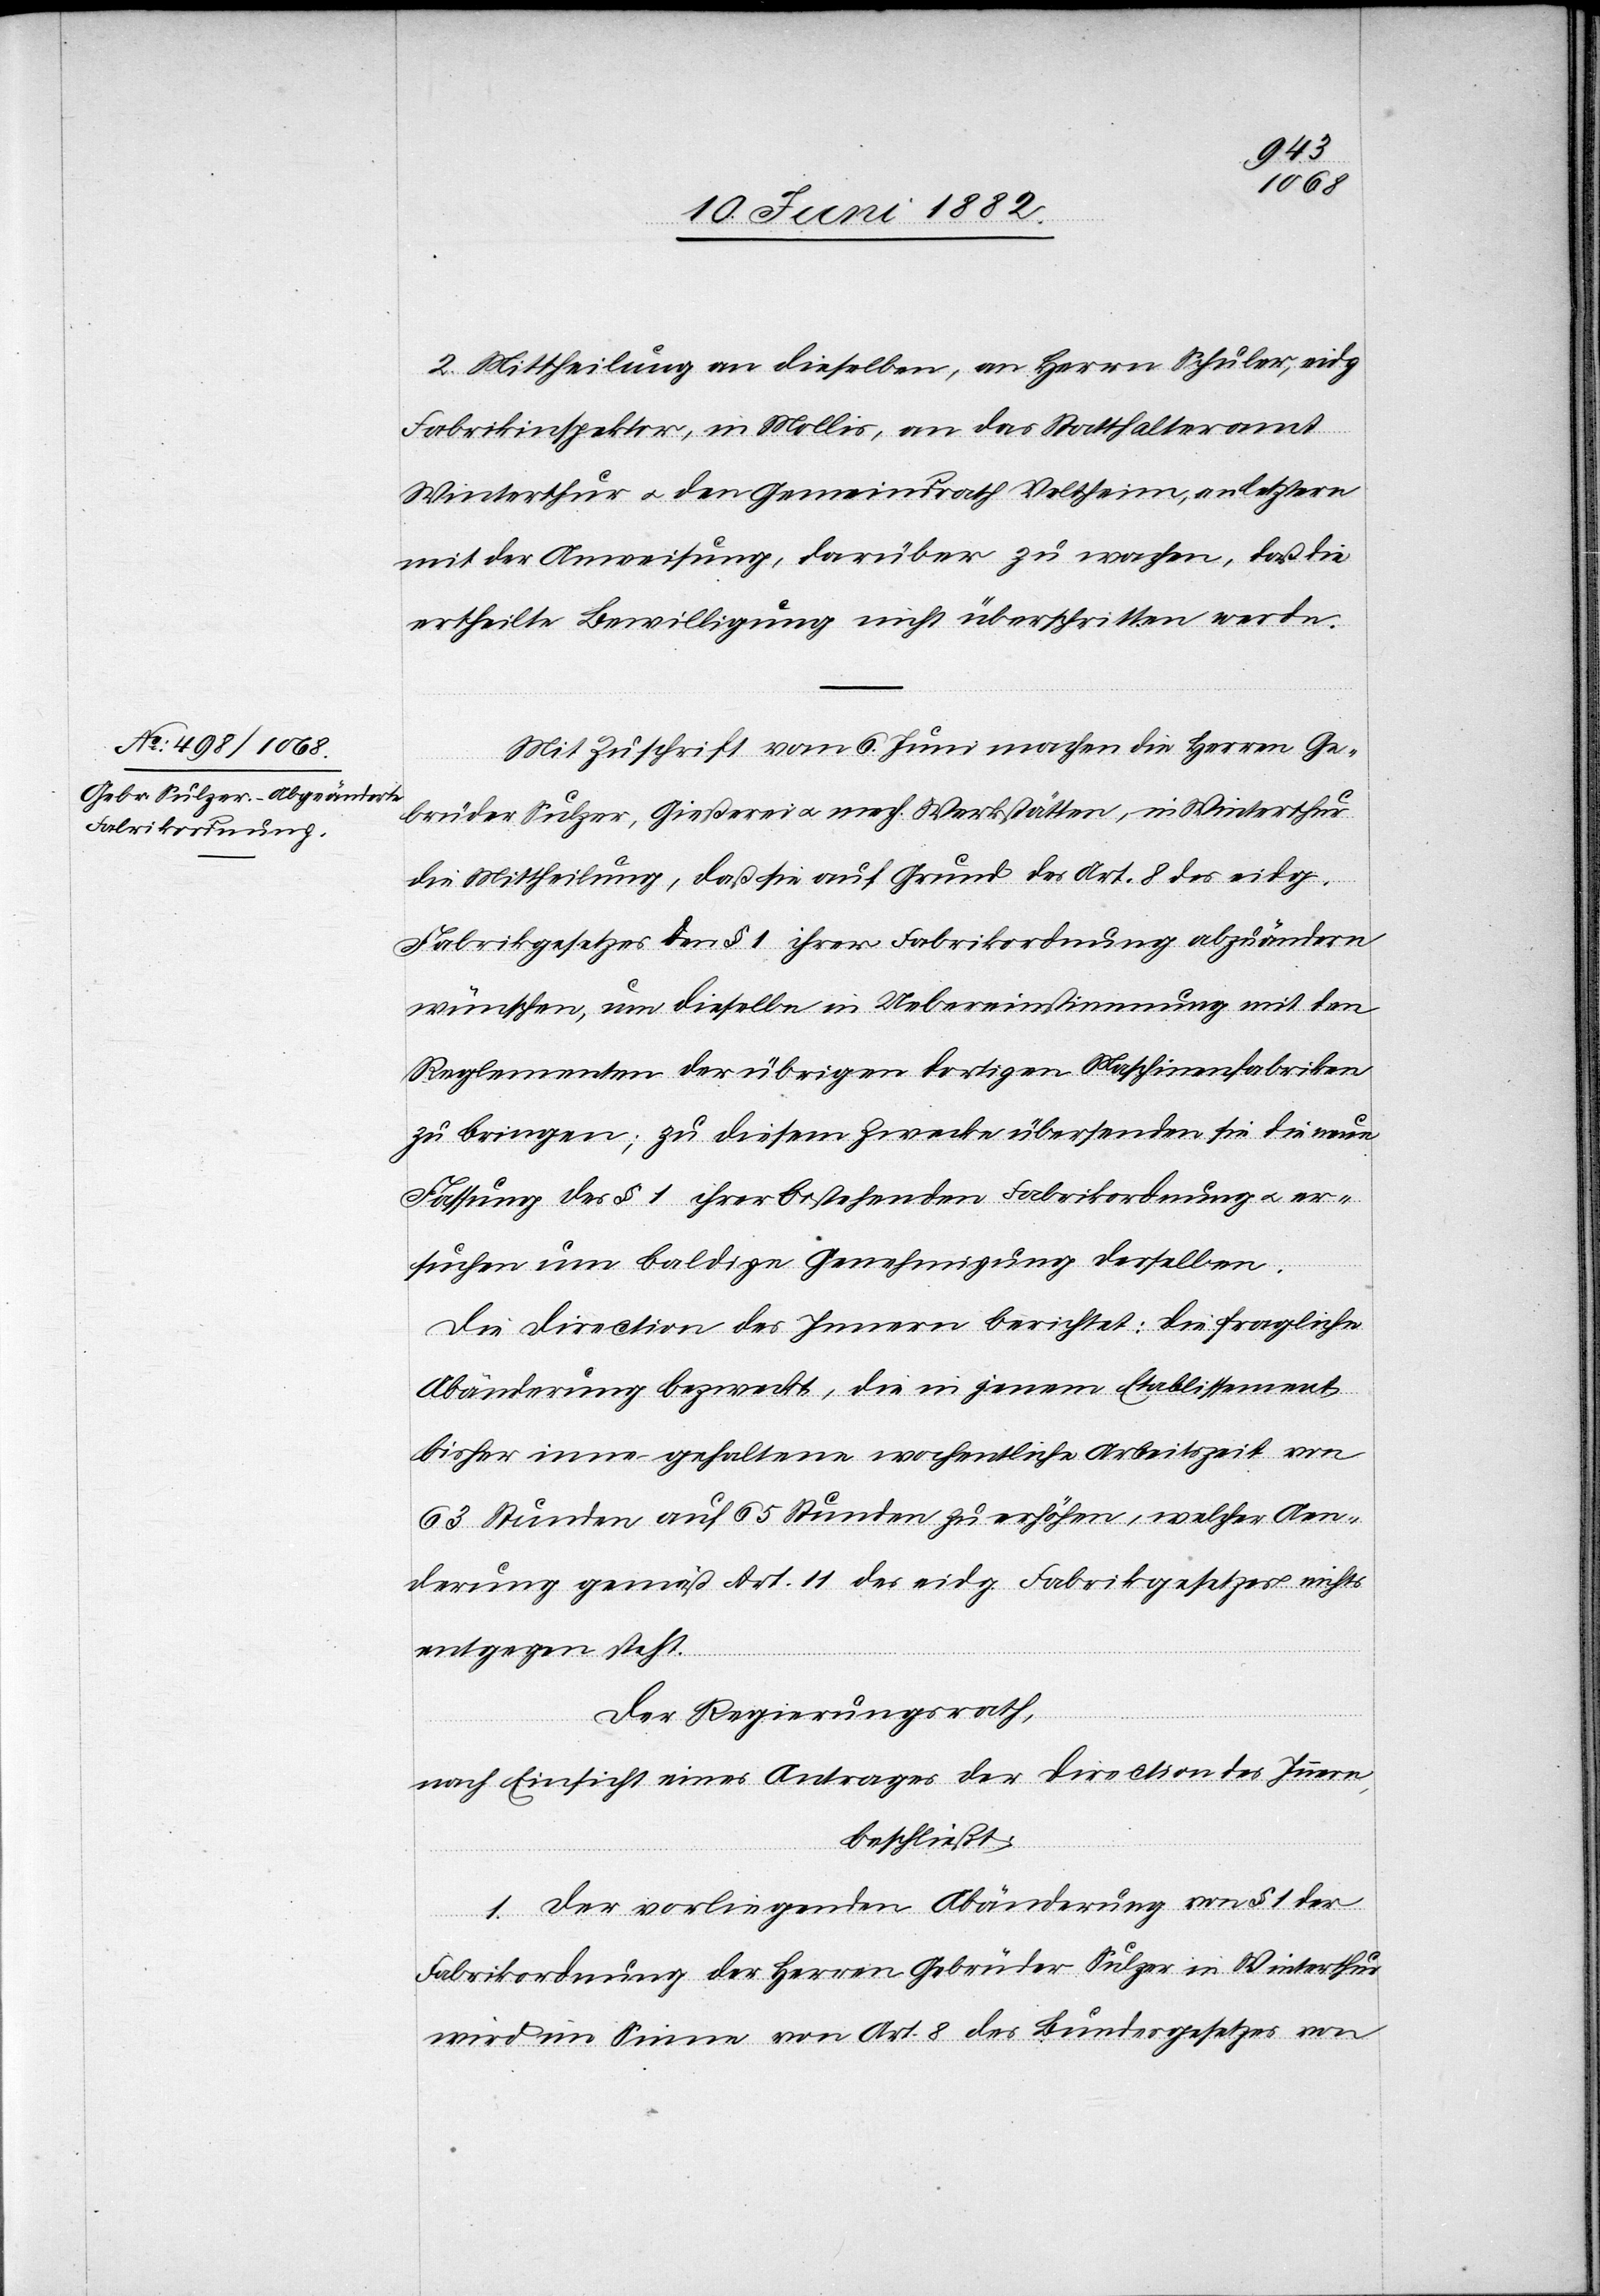
2. Mittheilung an dieselben, an Herrn Schuler, eidg.
Fabrikinspektor, in Mollis, an das Statthalteramt
Winterthur u. den Gemeindrath Veltheim, an letztere
mit der Anweisung, darüber zu wachen, daß die
ertheilte Bewilligung nicht überschritten werde.
Mit Zuschrift vom 6. Juni machen die Herren Ge¬
brüder Sulzer, Gießerei u. mech. Werkstätte, in Winterthur,
die Mittheilung, daß sie auf Grund des Art. 8 des eidg.
Fabrikgesetzes den § 1 ihrer Fabrikordnung abzuändern
wünschen, um dieselbe in Uebereinstimmung mit den
Reglementen der übrigen dortigen Maschinenfabriken
zu bringen; zu diesem Zwecke übersenden sie die neue
Fassung des § 1 ihrer bestehenden Fabrikordnung u. er¬
suchen um baldige Genehmigung derselben.
Die Direction des Innern berichtet: Die fragliche
Abänderung bezweckt, die in jenem Etablissement
bisher inne gehaltene wöchentliche Arbeitszeit von
63 Stunden auf 65 Stunden zu erhöhen, welcher Aen¬
derung gemäß Art. 11 des eidg. Fabrikgesetzes nichts
entgegen steht.
Der Regierungsrath,
nach Einsicht eines Antrages der Direction des Innern,
beschließt:
1. Der vorliegenden Abänderung von § 1 der
Fabrikordnung der Herren Gebrüder Sulzer in Winterthur
wird im Sinne von Art. 8 des Bundesgesetzes von